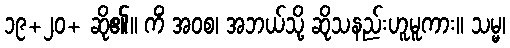
၁၉+၂၀+ ဆို၏။ ကိံ အဝစ၊ အဘယ်သို့ ဆိုသနည်းဟူမူကား။ သမ္မ၊